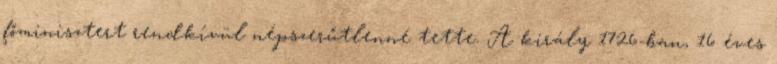
főminisztert rendkívül népszerűtlenné tette. A király 1726-ban, 16 éves